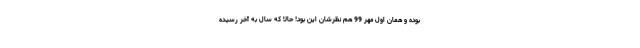
بوده و همان اول مهر 99 هم نظرشان این بود! حالا که سال به آخر رسیده